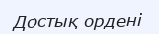
Достық ордені